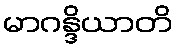
မာဂန္ဒိယာတိ